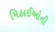
મિઠાઈઓની